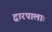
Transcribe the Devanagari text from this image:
द्वारपालाः